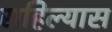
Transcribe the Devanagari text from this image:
राहिल्‍यास